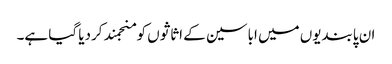
ان پابندیوں میں اباسین کے اثاثوں کو منجمند کردیا گیا ہے۔